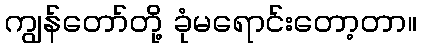
ကျွန်တော်တို့ ခုံမရောင်းတော့တာ။